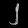
Digit: ၂